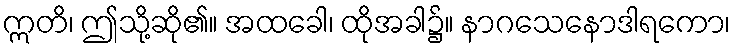
ဣတိ၊ ဤသို့ဆို၏။ အထခေါ၊ ထိုအခါ၌။ နာဂသေနောဒါရကော၊